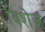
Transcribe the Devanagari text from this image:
विशेज